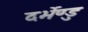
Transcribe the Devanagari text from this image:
दर्भेण्डु